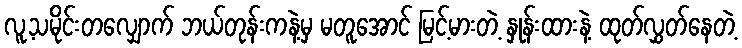
လူ့သမိုင်းတလျှောက် ဘယ်တုန်းကနဲ့မှ မတူအောင် မြင့်မားတဲ့ နှုန်းထားနဲ့ ထုတ်လွှတ်နေတဲ့